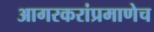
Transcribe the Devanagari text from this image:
आगरकरांप्रमाणेच